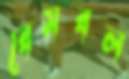
বেসবল